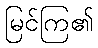
မြင်ကြ၏